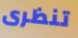
تنظرى